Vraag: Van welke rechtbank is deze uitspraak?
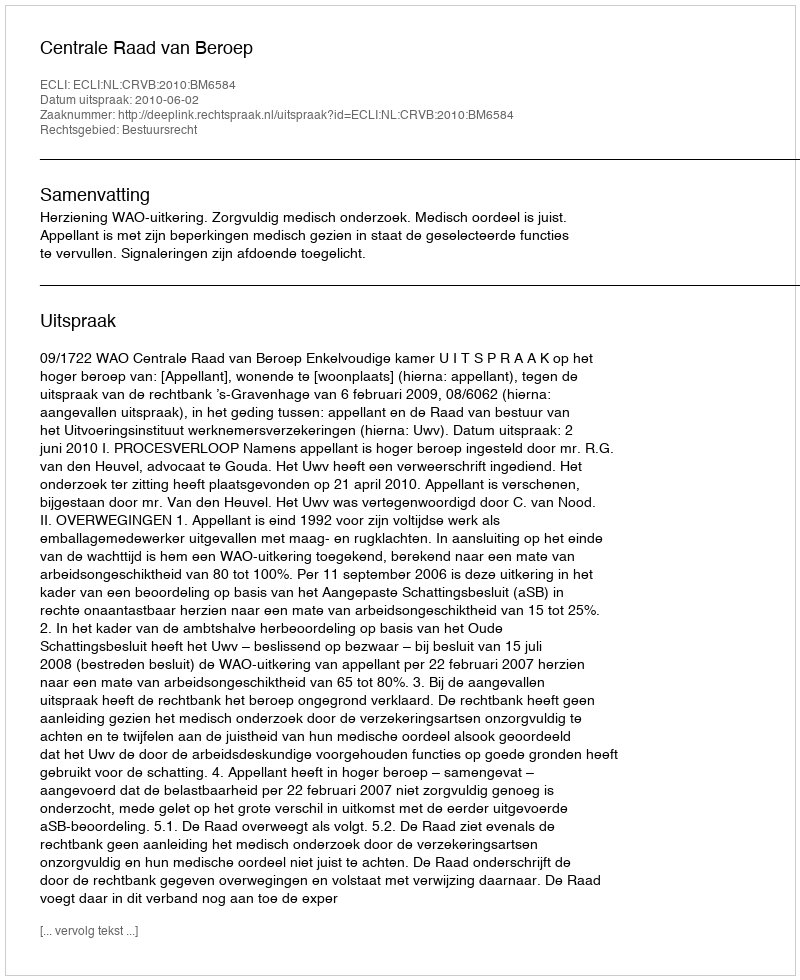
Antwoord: Centrale Raad van Beroep